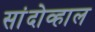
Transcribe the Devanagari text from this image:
सांदोव्हाल